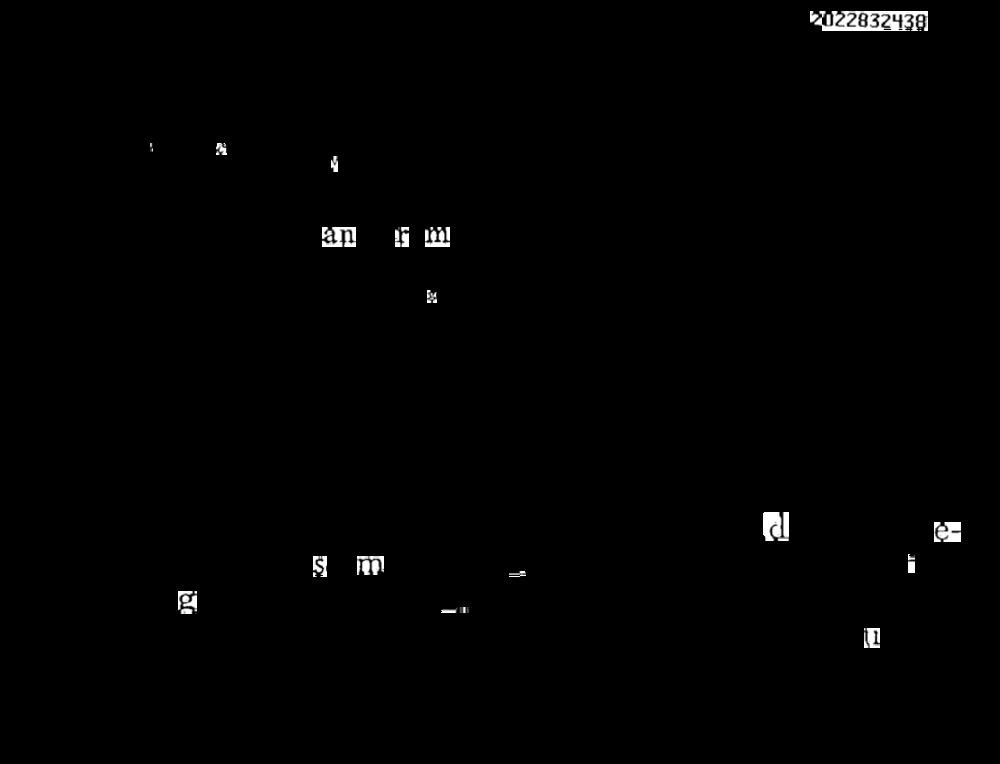
2022832438
an im
EM
PI
e-
S